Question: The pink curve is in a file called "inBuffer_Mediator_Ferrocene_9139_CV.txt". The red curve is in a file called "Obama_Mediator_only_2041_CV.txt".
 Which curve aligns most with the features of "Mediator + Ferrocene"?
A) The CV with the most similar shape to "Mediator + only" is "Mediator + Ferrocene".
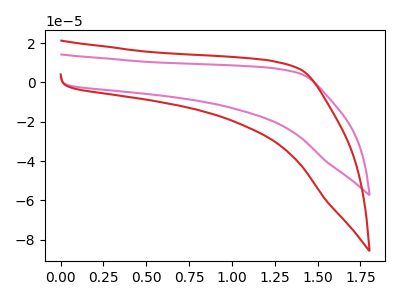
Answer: <think>The pink curve "Mediator + Ferrocene" has no peaks. The red curve "Mediator + only" has no peaks.
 Neither "Mediator + Ferrocene" or "Mediator + only" have any peaks.</think>
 <answer>A) The CV with the most similar shape to "Mediator + only" is "Mediator + Ferrocene".</answer>
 <eval>A</eval>